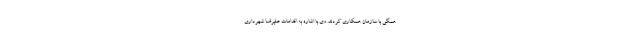
همگی با سازمان همکاری کردند. وی با اشاره به اقدامات علیرضا شهرداری